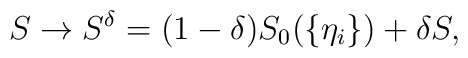
S \to S^{\delta}=(1-\delta)S_0(\{\eta_i\})+\delta S,